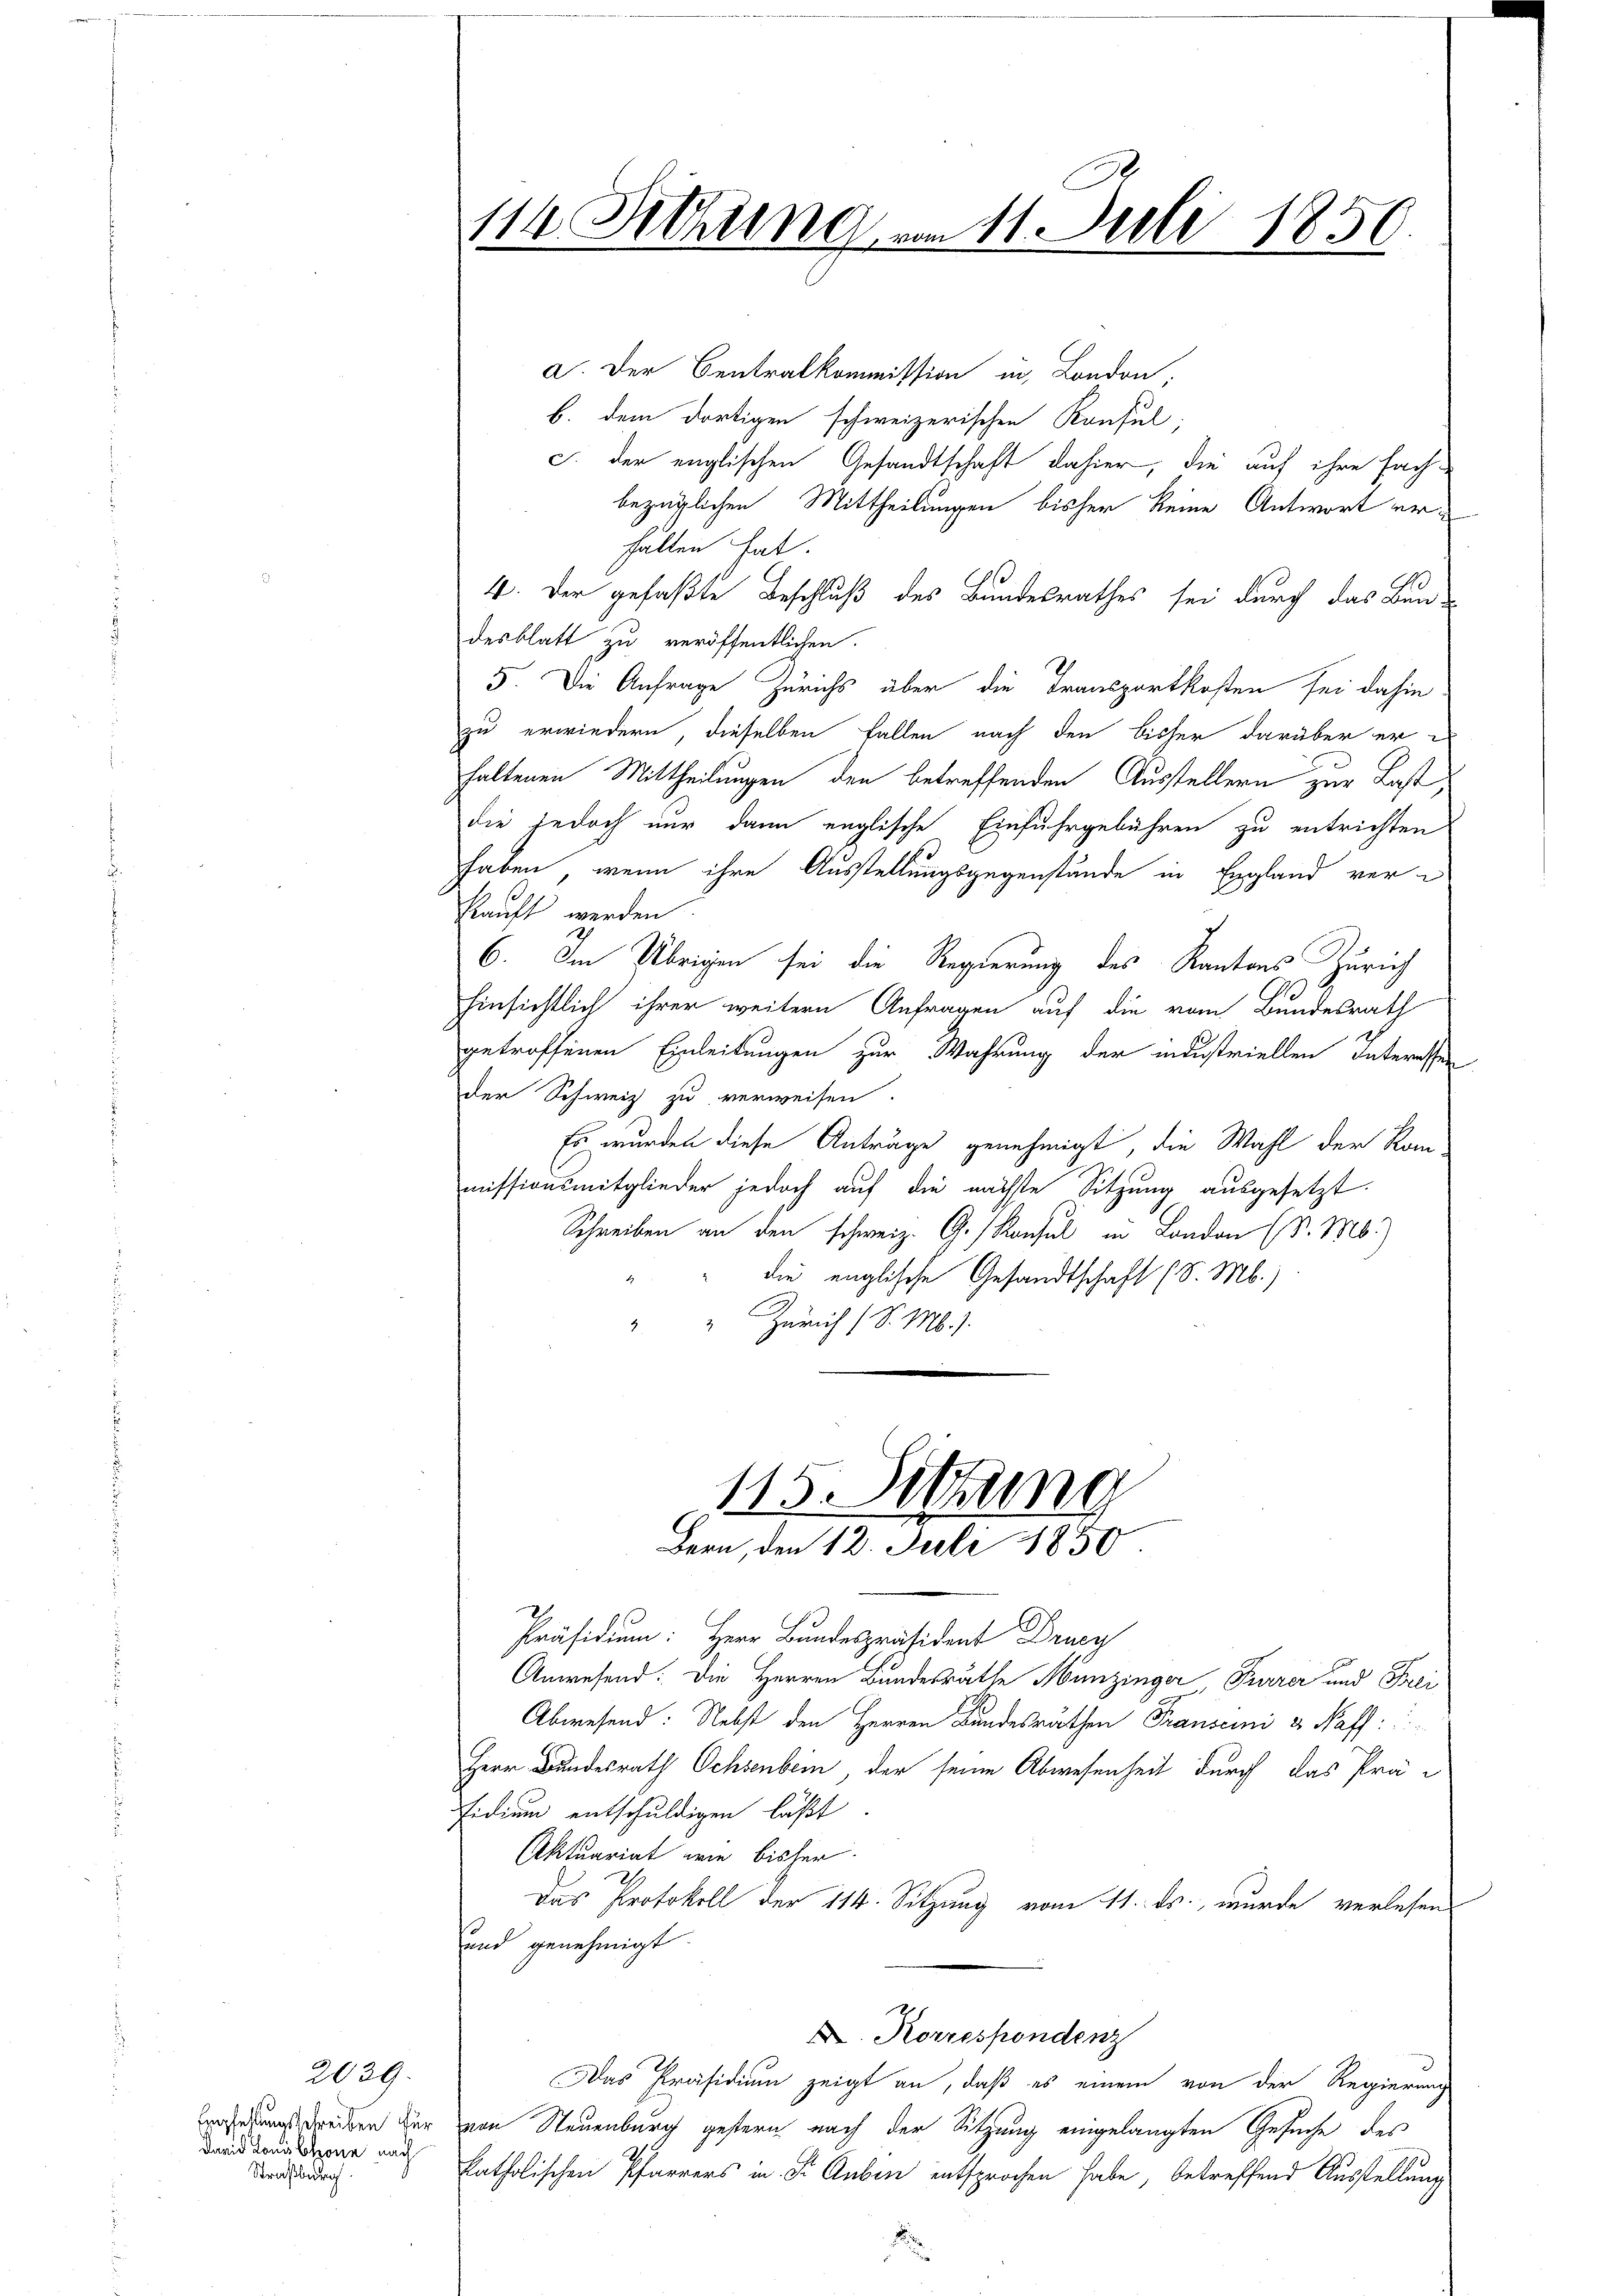
2039.
David Louis blone nach
Straßburg

a. Der Centralkommission in London,
b. dem dortigen schweizerischen Konsul,
c. der englischen Gesandtschaft dahier, die auf ihre Fach-
bezüglichen Mittheilungen bisher keine Antwort erfällen hat.
s
4. Der gefaßte Beschluß des Bundesrathes sei durch das Bun-
desblatt zu veröffentlichen.
5. Die Anfrage Zürichs über die Transportkosten sei dahin
zu erwiedern, dieselben Fallen nach den bisher darüber er
haltenen Mittheilungen den betreffenden Austellern zur Last,
die jedoch nur dann englische Einfuhrgebühren zu entrichten
haben, wenn ihre Ausstellungsgegenstände in England verkauft werden
6. Im Übrigen sei die Regierung des Kantons Zürich
.
hinsichtlich ihrer weitern Anfragen auf die vom Bundesrath
getroffenen Einleitungen zur Wahrung der industriellen Interessen
der Schweiz zu verweisen.
Es wurden diese Anträge genehmigt, die Wahl der Ran-
missionsmitglieder jedoch auf die nächste Sitzung ausgesetzt.
Schreiben an den schweiz. G. Konsul in London (S. M.)
" die englische Gesandtschaft (S. Mb.)
" Zürich (S. M.).

114. Sitzung vom 11. Juli 1850.

115. Sitzung
Bern, den 12. Juli 1850

Präsidium: Herr Bundespräsident Drucy
Anwesend: Die Herren Bundesräthe Munzinger Furrer und Frei
Abwesend: Nebst den Herren Bundesräthen Franscini u Paff:
Herr Bundesrath Ochsenbein, der seine Abwesenheit durch das Prä-
Fidium entschuldigen läßt.
Aktuariat wie bisher.
Das Protokoll der 114. Sitzung vom 11. ds. wurde verlesen
und genehmigt.
. Korrespondenz
Das Präsidium zeigt an, daß es einem von der Regierung
rehung dreiben der von Neuenburg gestern nach der Sitzung eingelangten Gesuche des
katholischen Pfarrers in Dr. Auber entsprochen habe, betreffend Ausstellung